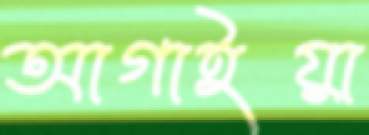
আগাইয়া